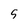
Character: 5